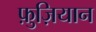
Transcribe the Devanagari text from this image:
फ़ुज़ियान